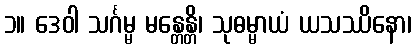
၁။ ဒေဝါ သင်္ဂမ္မ မန္တေန္တိ၊ သုဓမ္မာယံ ယသဿိနော၊